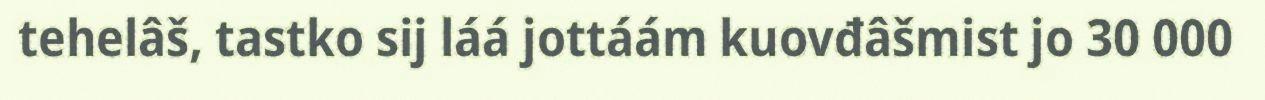
tehelâš, tastko sij láá jottáám kuovđâšmist jo 30 000